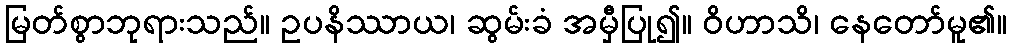
မြတ်စွာဘုရားသည်။ ဥပနိဿာယ၊ ဆွမ်းခံ အမှီပြု၍။ ဝိဟာသိ၊ နေတော်မူ၏။